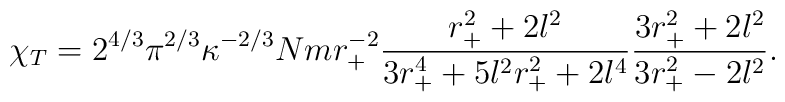
\chi_T= 2^{4/3}\pi ^{2/3} \kappa^{-2/3}N m r_+^{-2}         \frac{r_+^2 +2l^2}{ 3r_+^4 +5l^2r_+^2 +2l^4}         \frac{3r_+^2 +2l^2}{3r_+^2 -2l^2}.